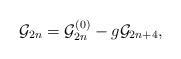
LaTeX: \begin{align*}{\cal G}_{2n}={\cal G}^{(0)}_{2n}-g{\cal G}_{2n+4},\end{align*}